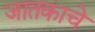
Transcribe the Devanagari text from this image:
जातकाचे